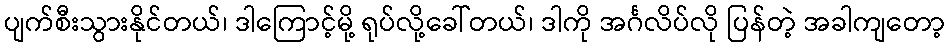
ပျက်စီးသွားနိုင်တယ်၊ ဒါကြောင့်မို့ ရုပ်လို့ခေါ်တယ်၊ ဒါကို အင်္ဂလိပ်လို ပြန်တဲ့ အခါကျတော့